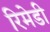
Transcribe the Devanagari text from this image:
रिमेडी